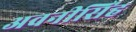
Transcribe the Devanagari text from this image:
अवनीसिंह